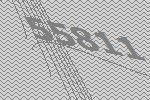
55811